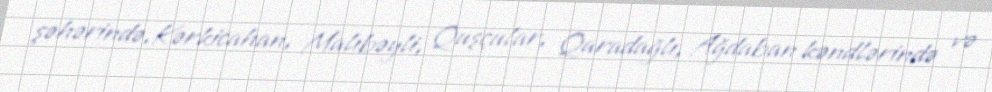
şəhərində,Kərkicahan, Malıbəyli, Quşçular, Qaradağlı, Ağdaban kəndlərində və